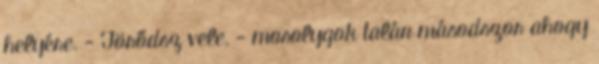
helyére. - Törődsz vele. - mosolygok talán másodszor ahogy